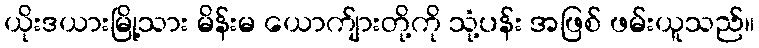
ယိုးဒယားမြို့သား မိန်းမ ယောက်ျားတို့ကို သုံ့ပန်း အဖြစ် ဖမ်းယူသည်။